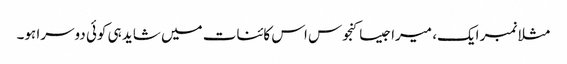
مثلا نمبر ایک، میرا جیسا کنجوس اس کائنات میں شاید ہی کوئی دوسرا ہو۔